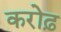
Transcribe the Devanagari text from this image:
करोढ़